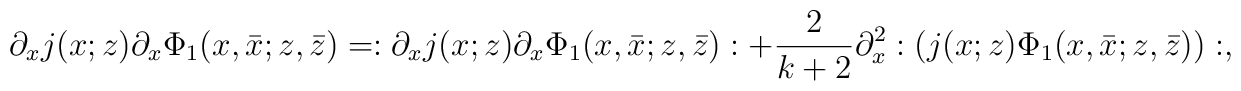
\partial_x j(x;z)\partial_x \Phi_1(x,\bar{x};z,\bar{z})  = :\partial_x j(x;z)\partial_x \Phi_1(x,\bar{x};z,\bar{z}):    +\frac{2}{k+2}\partial_x^2:(j(x;z)\Phi_1(x,\bar{x};z,\bar{z})):,